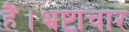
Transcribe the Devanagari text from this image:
हैं।भ्रष्टाचार